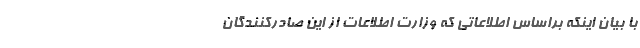
با بیان اینکه براساس اطلاعاتی که وزارت اطلاعات از این صادرکنندگان